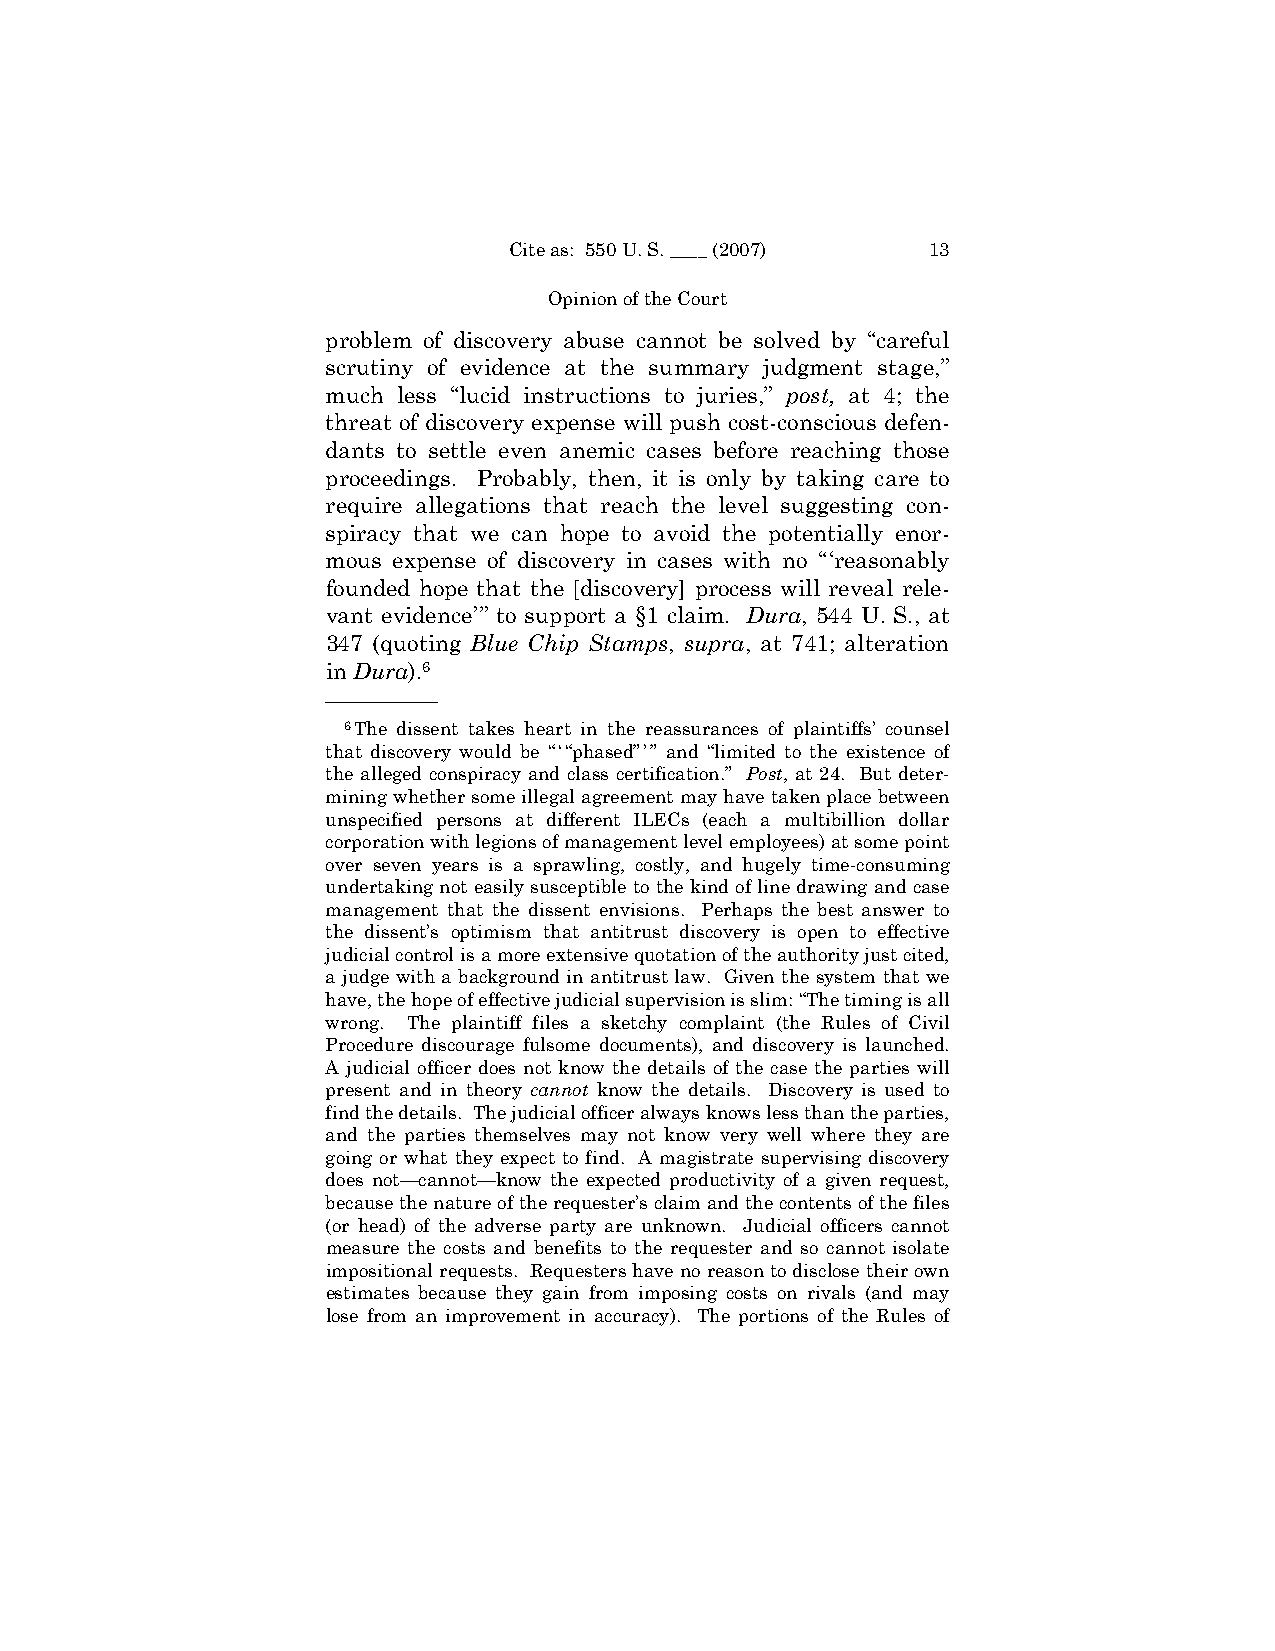
Cite as: 550 U. S. ____ (2007) 13
 Opinion of the Court
 problem of discovery abuse cannot be solved by “careful
 scrutiny of evidence at the summary judgment stage,”
 much less “lucid instructions to juries,” post, at 4; the
 threat of discovery expense will push cost-conscious defen-
 dants to settle even anemic cases before reaching those
 proceedings. Probably, then, it is only by taking care to
 require allegations that reach the level suggesting con-
 spiracy that we can hope to avoid the potentially enor-
 mous expense of discovery in cases with no “‘reasonably
 founded hope that the [discovery] process will reveal rele-
 vant evidence’” to support a §1 claim. Dura, 544 U. S., at
 347 (quoting Blue Chip Stamps, supra, at 741; alteration
 in Dura).6
 ——————
 6The dissent takes heart in the reassurances of plaintiffs’ counsel
 that discovery would be “ ‘ “phased” ’ ” and “limited to the existence of
 the alleged conspiracy and class certification.” Post, at 24. But deter-
 mining whether some illegal agreement may have taken place between
 unspecified persons at different ILECs (each a multibillion dollar
 corporation with legions of management level employees) at some point
 over seven years is a sprawling, costly, and hugely time-consuming
 undertaking not easily susceptible to the kind of line drawing and case
 management that the dissent envisions. Perhaps the best answer to
 the dissent’s optimism that antitrust discovery is open to effective
 judicial control is a more extensive quotation of the authority just cited,
 a judge with a background in antitrust law. Given the system that we
 have, the hope of effective judicial supervision is slim: “The timing is all
 wrong. The plaintiff files a sketchy complaint (the Rules of Civil
 Procedure discourage fulsome documents), and discovery is launched.
 A judicial officer does not know the details of the case the parties will
 present and in theory cannot know the details. Discovery is used to
 find the details. The judicial officer always knows less than the parties,
 and the parties themselves may not know very well where they are
 going or what they expect to find. A magistrate supervising discovery
 does not—cannot—know the expected productivity of a given request,
 because the nature of the requester’s claim and the contents of the files
 (or head) of the adverse party are unknown. Judicial officers cannot
 measure the costs and benefits to the requester and so cannot isolate
 impositional requests. Requesters have no reason to disclose their own
 estimates because they gain from imposing costs on rivals (and may
 lose from an improvement in accuracy). The portions of the Rules of